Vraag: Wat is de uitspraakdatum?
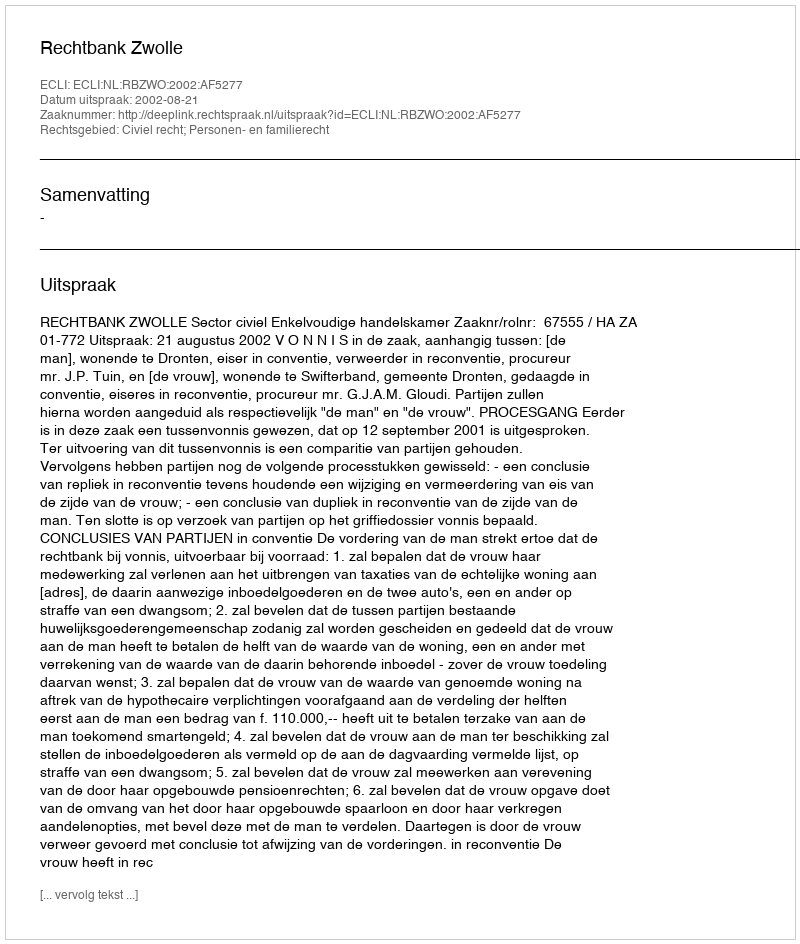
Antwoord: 2002-08-21